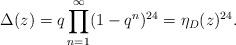
LaTeX: \begin{align*}\Delta(z)=q\prod^{\infty}_{n=1}(1-q^n)^{24}=\eta_D(z)^{24}.\end{align*}